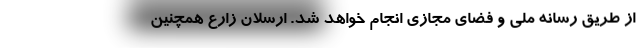
از طریق رسانه ملی و فضای مجازی انجام خواهد شد. ارسلان زارع همچنین